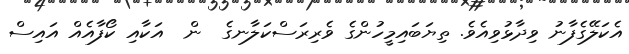
އެކަލޭގެފާނު ވިދާޅުވިއެވެ. ތިޔަބައިމީހުންގެ ވެރިރަސްކަލާނގެ  ން  އަކާއި ކޯފާއެއް އައިސް